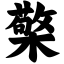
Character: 檠